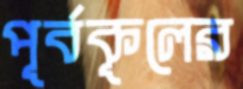
পূর্বকূলের